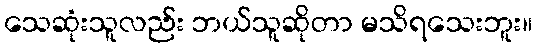
သေဆုံးသူလည်း ဘယ်သူဆိုတာ မသိရသေးဘူး။